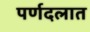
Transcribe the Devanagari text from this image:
पर्णदलात